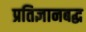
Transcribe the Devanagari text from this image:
प्रतिज्ञानबद्ध